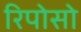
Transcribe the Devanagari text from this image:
रिपोसो